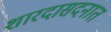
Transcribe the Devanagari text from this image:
शारदासदनात